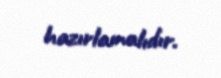
hazırlamalıdır.